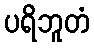
ပရိဘူတံ